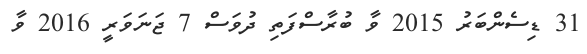
31 ޑިސެންބަރު 2015 ވާ ބުރާސްފަތި ދުވަސް 7 ޖަނަވަރީ 2016 ވާ